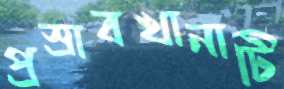
প্রস্রাবখানাটি